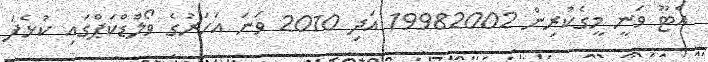
އެޓޫ ވަނީ މީގެކުރިން 19982002 އަދި 2010 ވަނަ އަހަރުގެ ވޯލްޑްކަޕްގައި ކުޅެފަ